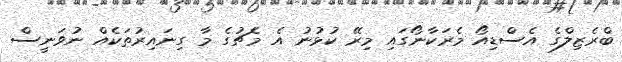
ބްރެޒިލްގެ އެސްޑިއޯ މެރަކާނޯގައި މިރޭ ކުޅުނު އެ މެޗުގެ މާ ގިނައިރުތަކެއް ނުވަނީސް